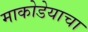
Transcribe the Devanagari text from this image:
माकोडेयाचा